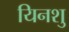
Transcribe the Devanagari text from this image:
यिनशु